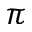
\pi